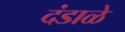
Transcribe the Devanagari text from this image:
दंडाळे